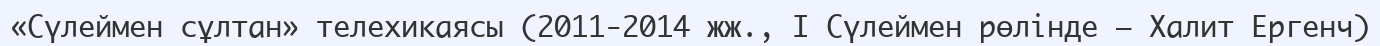
«Сүлеймен сұлтан» телехикаясы (2011-2014 жж., I Сүлеймен рөлінде — Халит Ергенч)